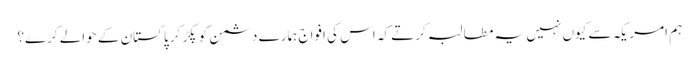
ہم امریکہ سے کیوں نہیں یہ مطالبہ کرتے کہ اس کی افواج ہمارے دشمن کو پکڑ کر پاکستان کے حوالے کرے؟